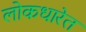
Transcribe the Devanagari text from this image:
लोकधारेत